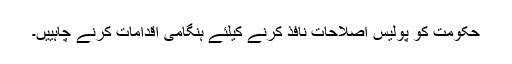
حکومت کو پولیس اصلاحات نافذ کرنے کیلئے ہنگامی اقدامات کرنے چاہییں۔